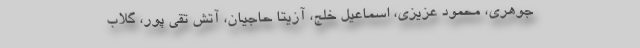
جوهری، محمود عزیزی، اسماعیل خلج، آزیتا حاجیان، آتش تقی پور، گلاب